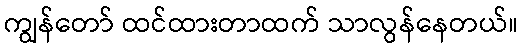
ကျွန်တော် ထင်ထားတာထက် သာလွန်နေတယ်။